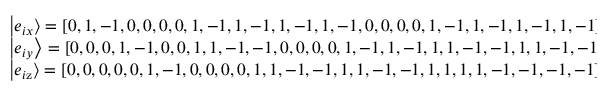
\begin{array} { l } { \left| { { e _ { i x } } } \right\rangle = { [ 0 , 1 , - 1 , 0 , 0 , 0 , 0 , 1 , - 1 , 1 , - 1 , 1 , - 1 , 1 , - 1 , 0 , 0 , 0 , 0 , 1 , - 1 , 1 , - 1 , 1 , - 1 , 1 , - 1 ] ^ { \top } } , } \\ { \left| { { e _ { i y } } } \right\rangle = { [ 0 , 0 , 0 , 1 , - 1 , 0 , 0 , 1 , 1 , - 1 , - 1 , 0 , 0 , 0 , 0 , 1 , - 1 , 1 , - 1 , 1 , 1 , - 1 , - 1 , 1 , 1 , - 1 , - 1 ] ^ { \top } } , } \\ { \left| { { e _ { i \mathrm { { z } } } } } \right\rangle = { [ 0 , 0 , 0 , 0 , 0 , 1 , - 1 , 0 , 0 , 0 , 0 , 1 , 1 , - 1 , - 1 , 1 , 1 , - 1 , - 1 , 1 , 1 , 1 , 1 , - 1 , - 1 , - 1 , - 1 ] ^ { \top } } . } \end{array}